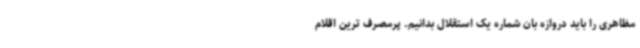
مظاهری را باید دروازه بان شماره یک استقلال بدانیم. پرمصرف ترین اقلام